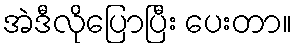
အဲဒီလိုပြောပြီး ပေးတာ။